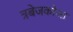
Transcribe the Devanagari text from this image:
त्रबेजकोआ